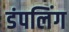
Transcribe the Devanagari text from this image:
डंपलिंग